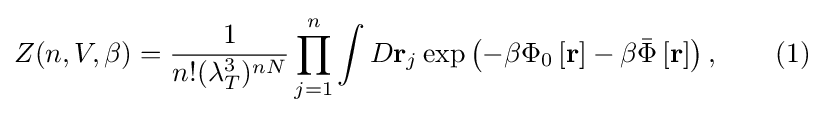
Z(n,V,\beta )={\frac {1}{n!(\lambda _{T}^{3})^{nN}}}\prod _{j=1}^{n}\int D\mathbf {r} _{j}\exp \left(-\beta \Phi _{0}\left[\mathbf {r} \right]-\beta {\bar {\Phi }}\left[\mathbf {r} \right]\right),\qquad (1)